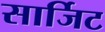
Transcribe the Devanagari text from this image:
सार्जिट